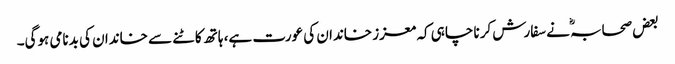
بعض صحابہؓ نے سفارش کرنا چاہی کہ معزز خاندان کی عورت ہے، ہاتھ کاٹنے سے خاندان کی بدنامی ہوگی۔